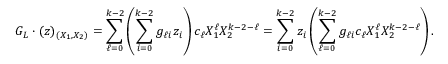
G _ { L } \cdot ( \boldsymbol { z } ) _ { ( X _ { 1 } , X _ { 2 } ) } = \sum _ { \ell = 0 } ^ { k - 2 } \left( \sum _ { i = 0 } ^ { k - 2 } g _ { \ell i } z _ { i } \right) c _ { \ell } X _ { 1 } ^ { \ell } X _ { 2 } ^ { k - 2 - \ell } = \sum _ { i = 0 } ^ { k - 2 } z _ { i } \left( \sum _ { \ell = 0 } ^ { k - 2 } g _ { \ell i } c _ { \ell } X _ { 1 } ^ { \ell } X _ { 2 } ^ { k - 2 - \ell } \right) .